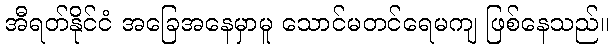
အီရတ်နိုင်ငံ အခြေအနေမှာမူ သောင်မတင်ရေမကျ ဖြစ်နေသည်။